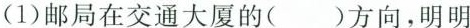
(1)邮局在交通大厦的( )方向，明明